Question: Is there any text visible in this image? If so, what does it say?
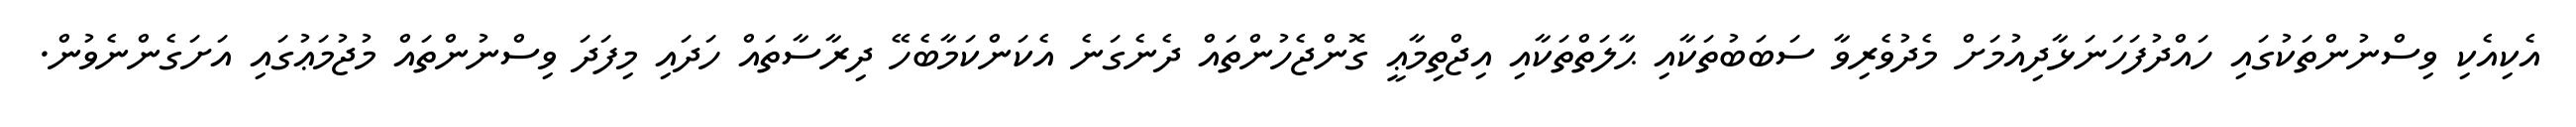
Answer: އެކިއެކި ވިސްނުންތަކުގައި ހައްދުފަހަނަޅާދިއުމަށް މެދުވެރިވާ ސަބަބުތަކާއި ޙާލަތްތަކާއި އިޖްތިމާޢީ ގޮންޖެހުންތައް ދެނެގަނެ އެކަންކަމާބެހޭ ދިރާސާތައް ހަދައި މިފަދަ ވިސްނުންތައް މުޖުމަޢުގައި އަށަގެންނެވުން.